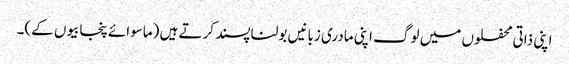
اپنی ذاتی محفلوں میں لوگ اپنی مادری زبانیں بولنا پسند کرتے ہیں (ماسوائے پنجابیوں کے)۔